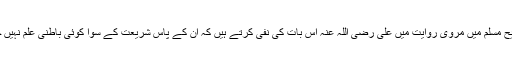
جب کہ کتاب وسنت کے دلائل اس تقسیم کا رد کرتے ہیں اور صحیح مسلم میں مروی روایت میں علی رضی اللہ عنہ اس بات کی نفی کرتے ہیں کہ ان کے پاس شریعت کے سوا کوئی باطنی علم نہیں جس کی رسول اللہ صلی اللہ علیہ وسلم نے انہیں خاص تعلیم دی ہو ۔